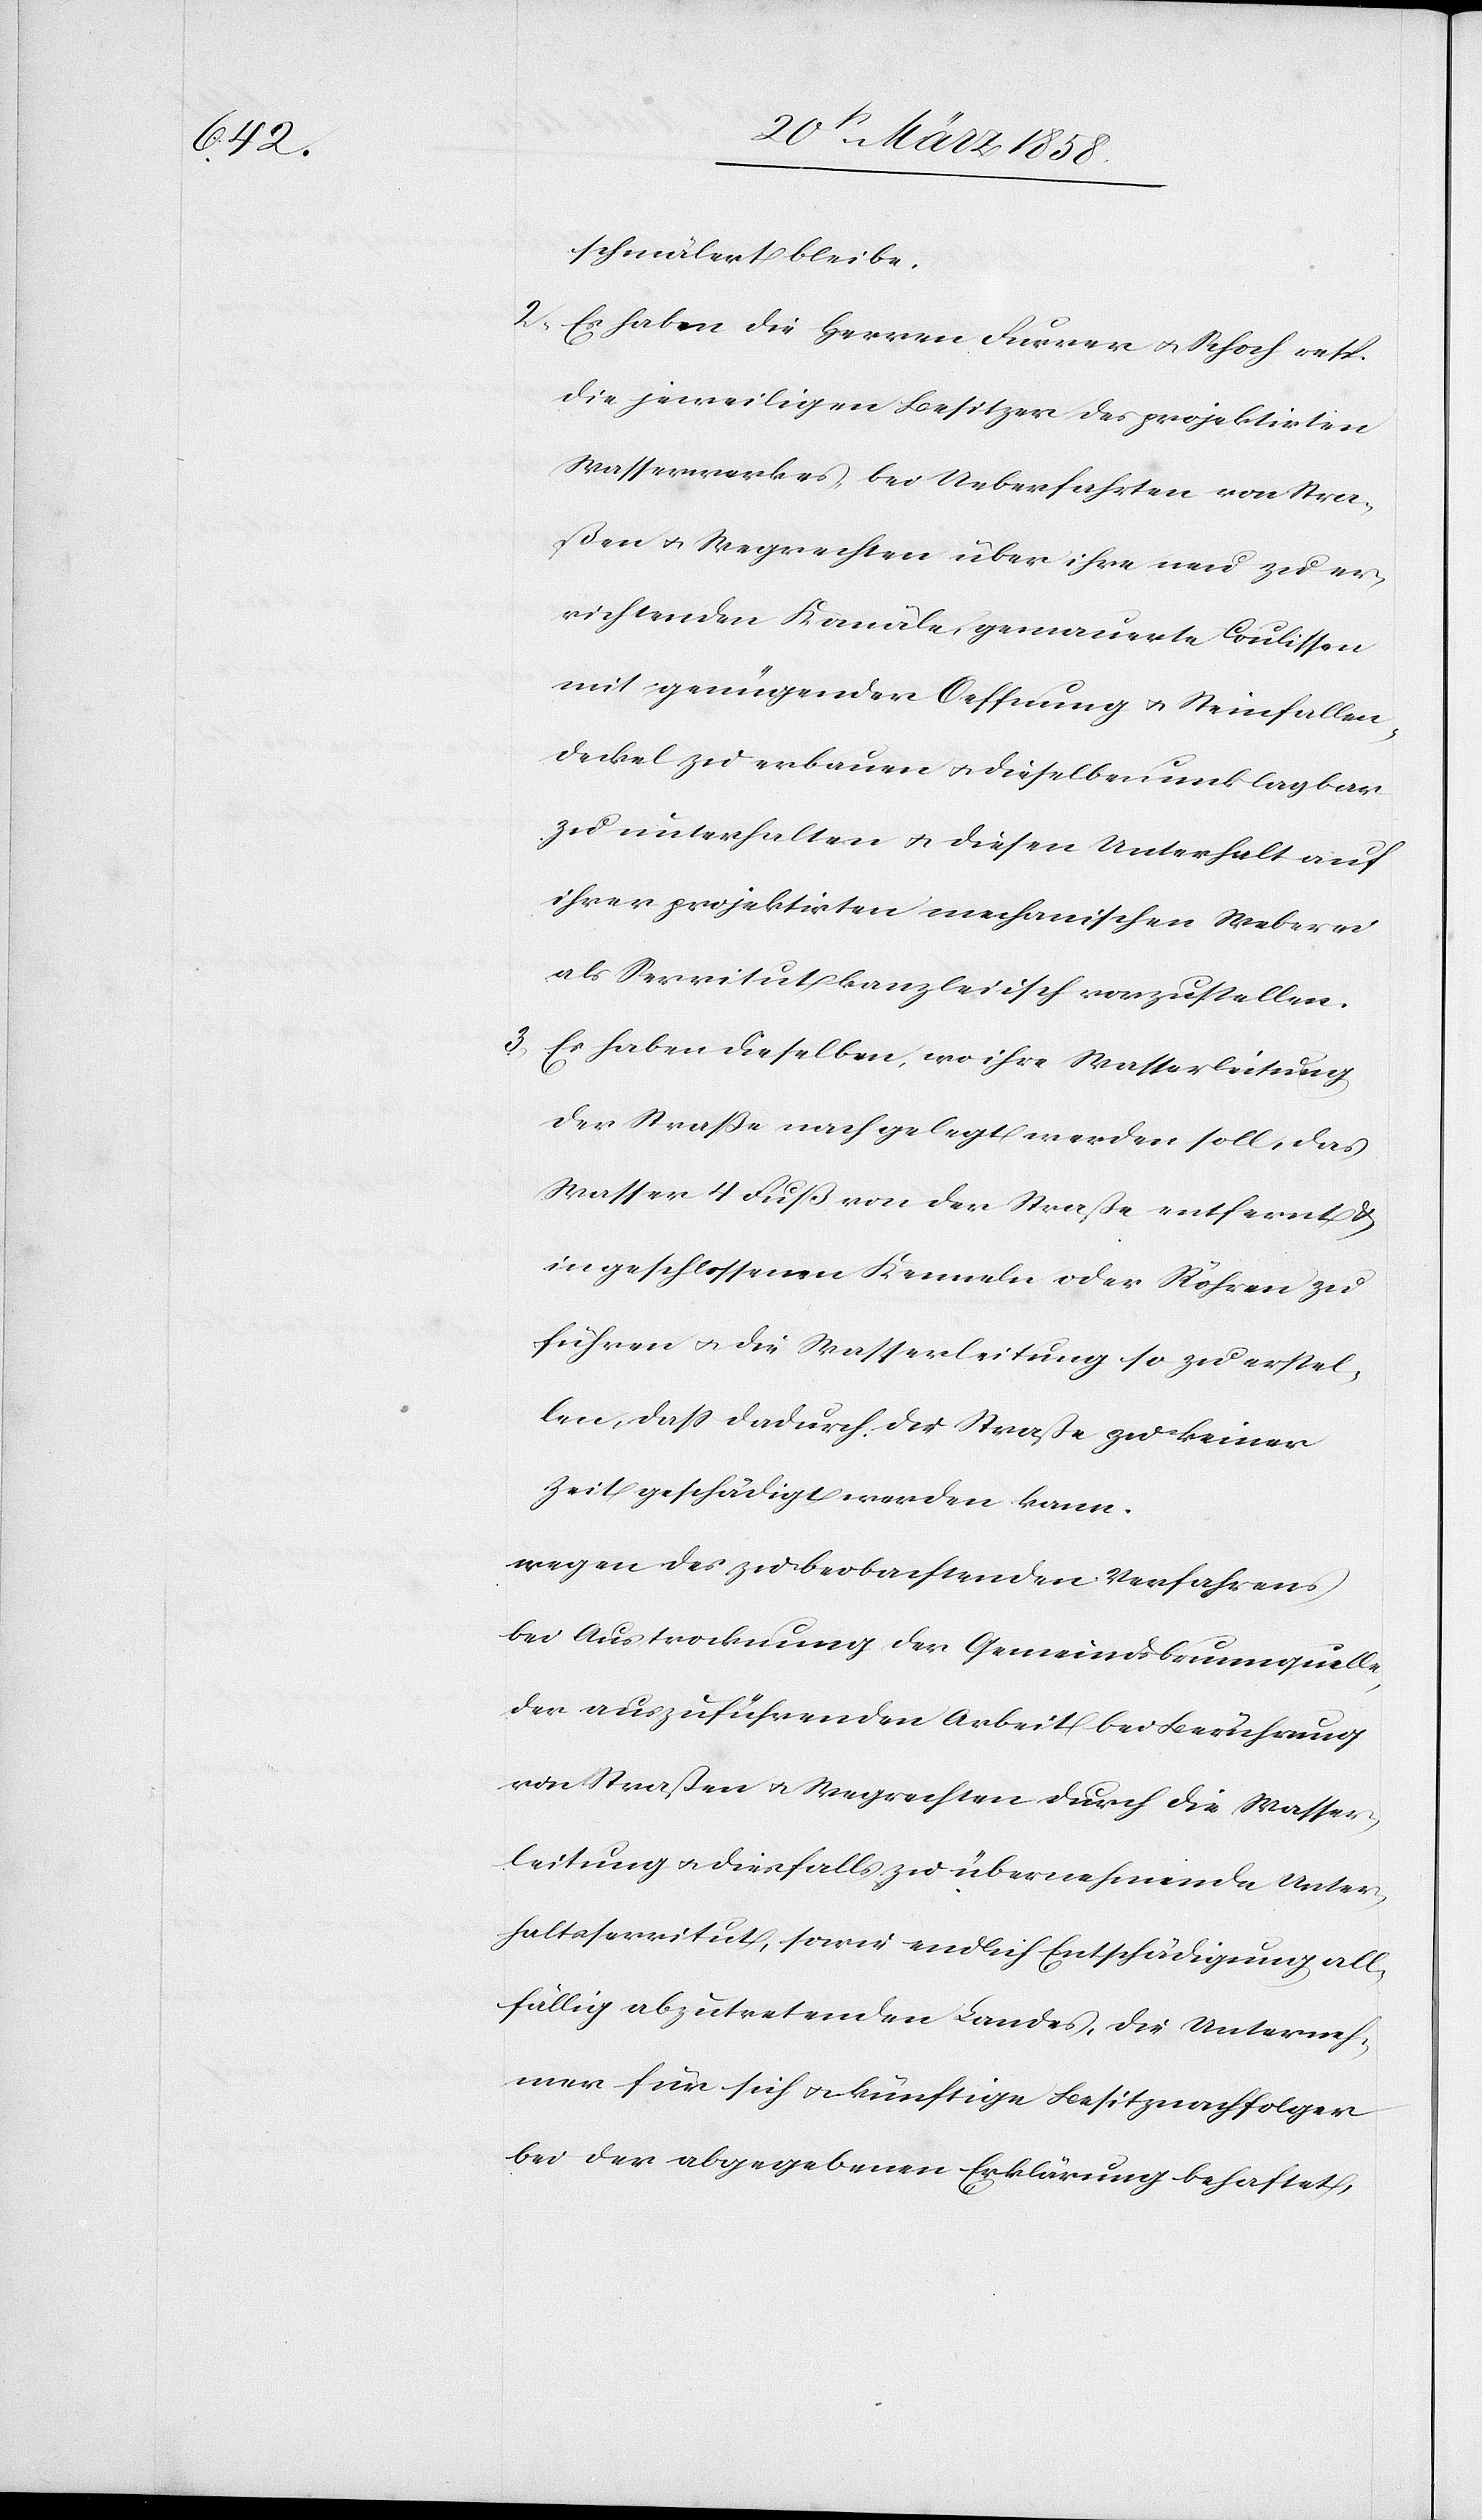
schmälert bleibe.
2) Es haben die Herren Furrer u. Schoch resp.
die jeweiligen Besitzer des projektirten
Wasserwerkes, bei Ueberfahrten von Stra¬
ßen u. Wegrechten über ihre neu zu er¬
richtenden Kanäle gemauerte Coulissen
mit genügender Oeffnung u. Steinfallen¬
deckel zu erbauen u. dieselben unklagbar
zu unterhalten u. diesen Unterhalt auf
ihrer projektirten mechanischen Weberei
als Servitut kanzleiisch vorzustellen.
3) Es haben dieselben, wo ihre Wasserleitung
der Straße nach gelegt werden soll, das
Wasser 4 Fuß von der Straße entfernt u.
in geschlossenen Kenneln oder Röhren zu
führen u. die Wasserleitung so zu erstel¬
len, daß dadurch die Straße zu keiner
Zeit geschädigt werden kann.
wegen des zu beobachtenden Verfahrens
bei Austrocknung der Gemeindsbaumquelle,
der auszuführenden Arbeit bei Berührung
von Straßen u. Wegrechten durch die Wasser¬
leitung u. diesfalls zu übernehmende Unter¬
haltsservitut, sowie endlich Entschädigung all¬
fällig abzutretenden Landes, die Unterneh¬
mer für sich u. künftig Besitznachfolger
bei der abgegebenen Erklärung behaftet,